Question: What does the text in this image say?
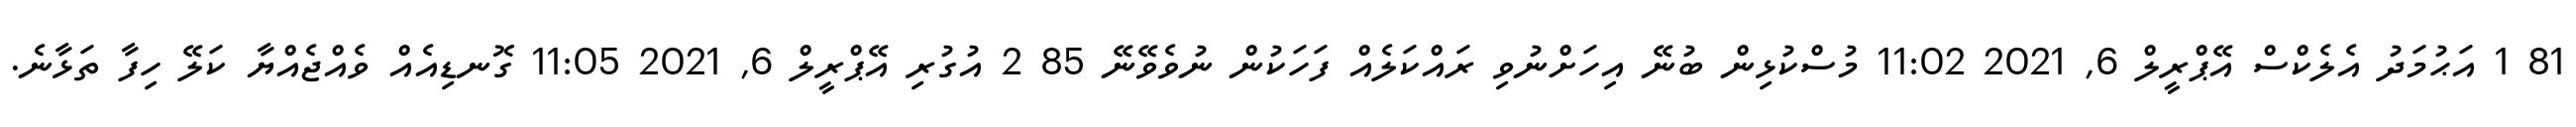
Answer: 81 1 އަޙުމަދު އެލެކްސް އޭޕްރީލް 6, 2021 11:02 މުސްކުޅިން ބުނޭ އިހަށްނުވި ރައްކަލެއް ފަހަކުން ނުވެވޭނޭ 85 2 އުގުރި އޭޕްރީލް 6, 2021 11:05 ގޮނޑިއެއް ވެއްޖެއްޔާ ކަލޭ ހިފާ ތަޅާނެ.